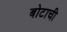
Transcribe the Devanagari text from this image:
बोटाची